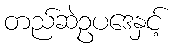
တည်ဆဲဥပဒေနှင့်